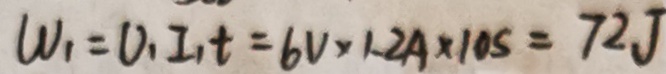
W _ { 1 } = 0 , I _ { 1 } t = 6 V \times 1 . 2 A \times 1 0 s = 7 2 J